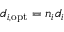
d _ { i , \mathrm { o p t } } = n _ { i } d _ { i }